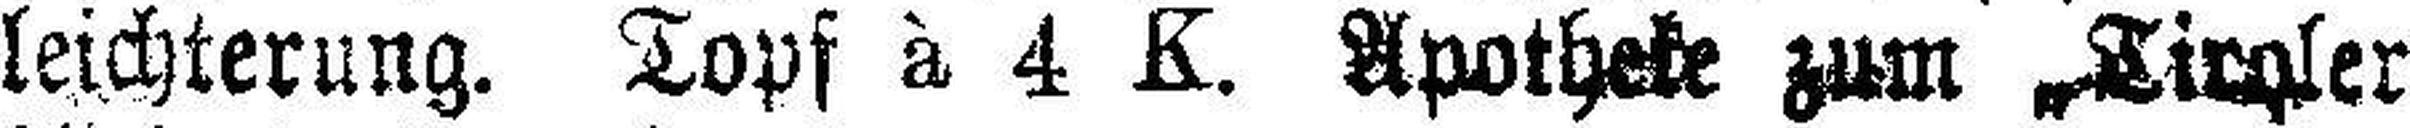
leichterung. Topf à 4 K. Apotheke zum Tiroler